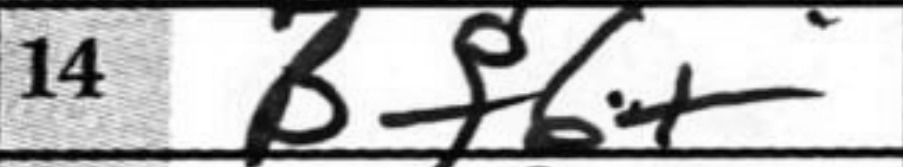
Transcription: Bf6+